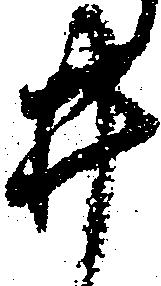
井